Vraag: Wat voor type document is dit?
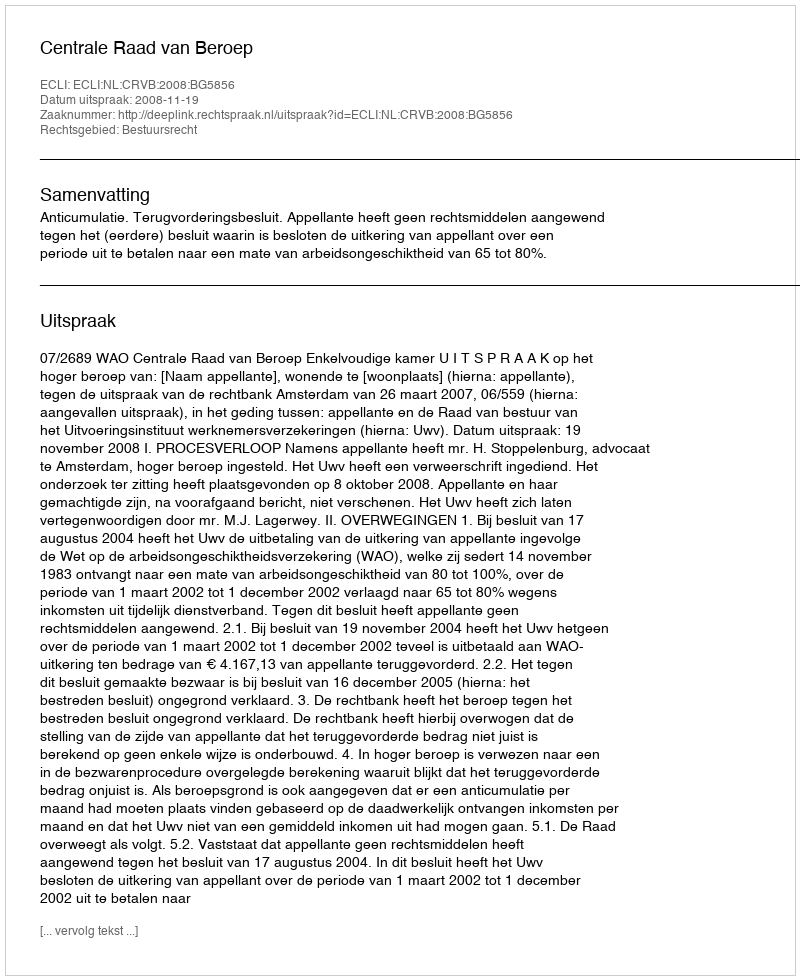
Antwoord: Uitspraak